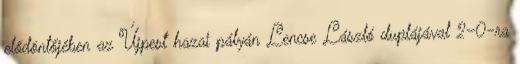
elődöntőjében az Újpest hazai pályán Lencse László duplájával 2–0-ra